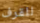
للقرف